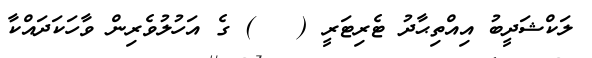
ލަކްޝަދީބު އިއްތިޙާދު ޓެރިޓަރީ (   ) ގެ އަހުލުވެރިން ވާހަކަދައްކާ